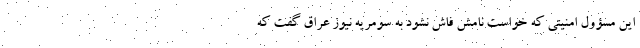
این مسؤول امنیتی که خواست نامش فاش نشود به سومریه نیوز عراق گفت که